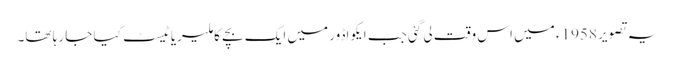
یہ تصویر 1958ء میں اس وقت لی گئی جب ایکواڈور میں ایک بچے کا ملیریا ٹیسٹ کیا جا رہا تھا۔